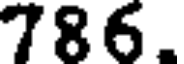
786.